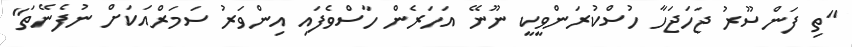
"ތި ފަންސޫރު ޖަހަޖަހާ ހުސްކުރަންވީކީ ނޫނޭ އަހަރެން ހާސްވެފައި އިންވަރު ސަމަރްއަކަށް ނުފެނޭތަ"